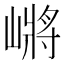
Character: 𰎲